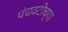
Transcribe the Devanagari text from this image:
पंचवटीच्या